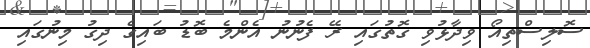
ސޮލިސްތިއޯ ވިދާޅުވި ގޮތުގައި ރޭ ފެނުނު އެންމެ ބޮޑު ބައިގެ ދިގު މިނުގައި